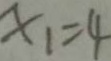
x _ { 1 } = 4